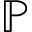
\mathbb { P }